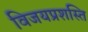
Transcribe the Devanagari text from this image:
विजयप्रशस्ति